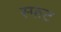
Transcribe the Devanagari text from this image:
स्फट